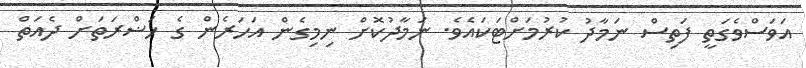
އަވަސްވެގަތީ ފަތިސް ނަމާދު ކުރުމަށްޓަކައެވެ. ނަމާދުކޮށް ނިމިގެން އަހަރެން ގެ ހަޟްރަތަށް ދެއަތް